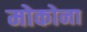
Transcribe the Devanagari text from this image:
मोकोना